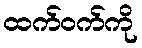
ထက်ဝက်ကို